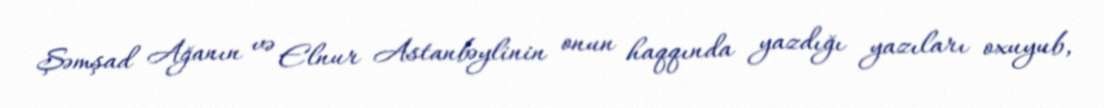
Şəmşad Ağanın və Elnur Astanbəylinin onun haqqında yazdığı yazıları oxuyub,